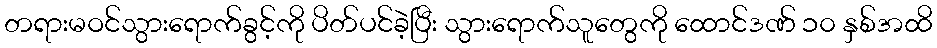
တရားမဝင်သွားရောက်ခွင့်ကို ပိတ်ပင်ခဲ့ပြီး သွားရောက်သူတွေကို ထောင်ဒဏ် ၁၀ နှစ်အထိ